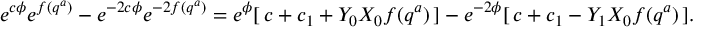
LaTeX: e ^ { c \phi } e ^ { f ( q ^ { a } ) } - e ^ { - 2 c \phi } e ^ { - 2 f ( q ^ { a } ) } = e ^ { \phi } [ \, c + c _ { 1 } + Y _ { 0 } X _ { 0 } f ( q ^ { a } ) \, ] - e ^ { - 2 \phi } [ \, c + c _ { 1 } - Y _ { 1 } X _ { 0 } f ( q ^ { a } ) \, ] .